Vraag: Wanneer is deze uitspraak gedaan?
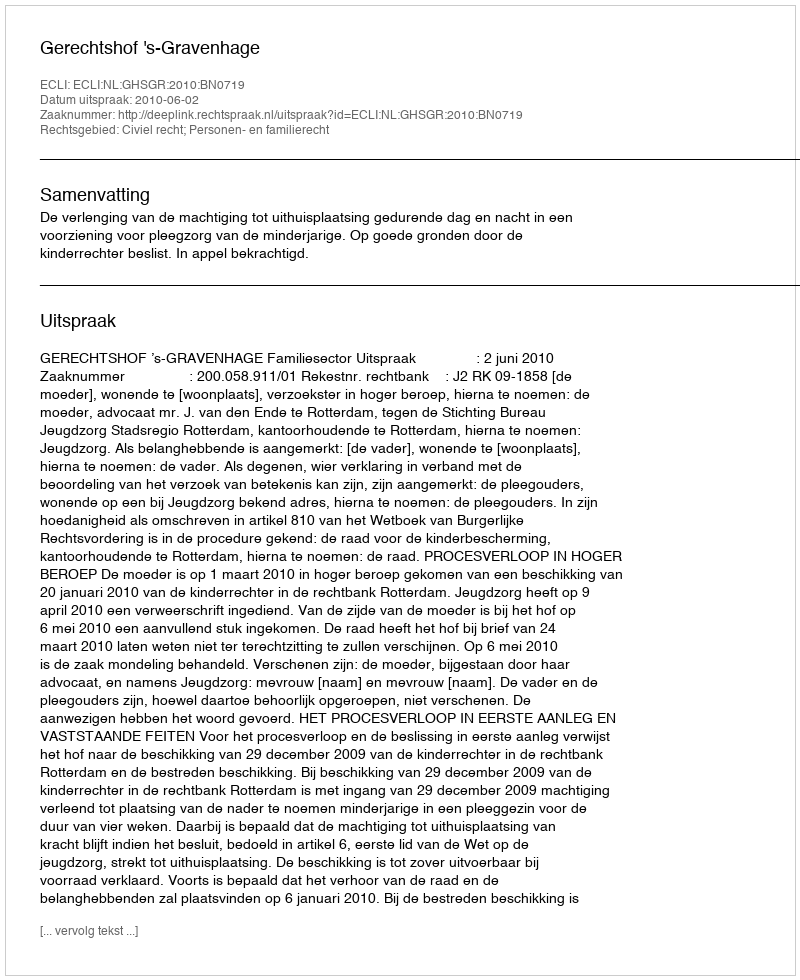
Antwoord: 2010-06-02